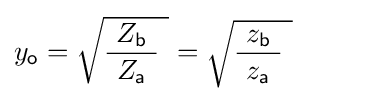
y_{\mathsf {o}}={\sqrt {{\frac {\ Z_{\mathsf {b}}\ }{Z_{\mathsf {a}}}}\ }}={\sqrt {{\frac {\ z_{\mathsf {b}}\ }{z_{\mathsf {a}}}}\ }}\qquad \;